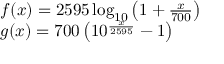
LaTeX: \begin{array} { l c l } { f ( x ) = 2 5 9 5 \log _ { 1 0 } \left( 1 + { \frac { x } { 7 0 0 } } \right) } \\ { g ( x ) = 7 0 0 \left( 1 0 ^ { \frac { x } { 2 5 9 5 } } - 1 \right) } \end{array}